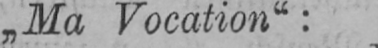
„Ma Vocation“: